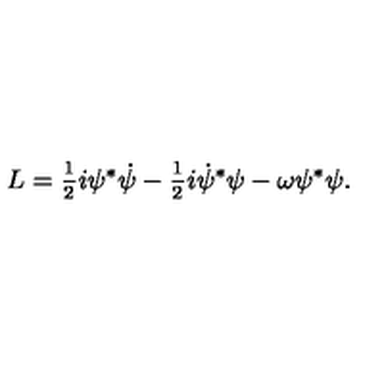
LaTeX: L = \frac { _ 1 } { ^ 2 } i \psi ^ { * } \dot { \psi } - \frac { _ 1 } { ^ 2 } i \dot { \psi } ^ { * } \psi - \omega \psi ^ { * } \psi .